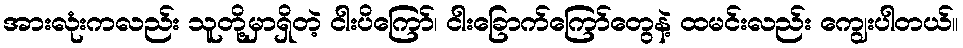
အားလုံးကလည်း သူတို့မှာရှိတဲ့ ငါးပိကြော်၊ ငါးခြောက်ကြော်တွေနဲ့ ထမင်းလည်း ကျွေးပါတယ်။